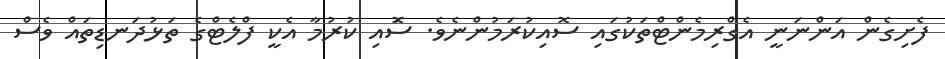
ފެށިގެން އަންނަނީ އެގްރިމެންޓްތަކުގައި ސޮއިކުރަމުންނެވެ. ސަޮއި ކުރުމާ އެކީ ފްލެޓްގެ ތަޅުދަނޑިތައް ވެސް